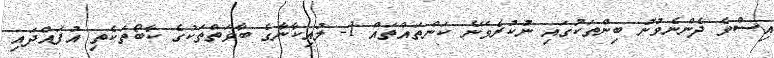
އިސްވެ ދެންނެވުނު ބިންތަކުގައި ނުކުރެވޭނެ ކަންތައްތައް 1- ލުއިކާނާގެ ބާވަތްތަކުގެ ކާބޯތަކެތި އުފައްދައި